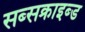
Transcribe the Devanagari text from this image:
सब्सक्राइब्ड